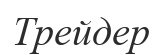
Трейдер